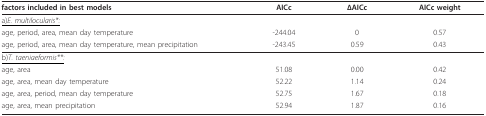
| factors included in best models | AICc | ΔAICc | AICc weight |
 | --- | --- | --- | --- |
 | <underline>a)</underline><underline>E. multilocularis*:</underline> |  |  |  |
 | age, period, area, mean day temperature | -244.04 | 0 | 0.57 |
 | age, period, area, mean day temperature, mean precipitation | -243.45 | 0.59 | 0.43 |
 | <underline>b)</underline><underline>T. taeniaeformis**:</underline> |  |  |  |
 | age, area | 51.08 | 0.00 | 0.42 |
 | age, area, mean day temperature | 52.22 | 1.14 | 0.24 |
 | age, area, period, mean day temperature | 52.75 | 1.67 | 0.18 |
 | age, area, mean precipitation | 52.94 | 1.87 | 0.16 |